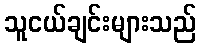
သူငယ်ချင်းများသည်